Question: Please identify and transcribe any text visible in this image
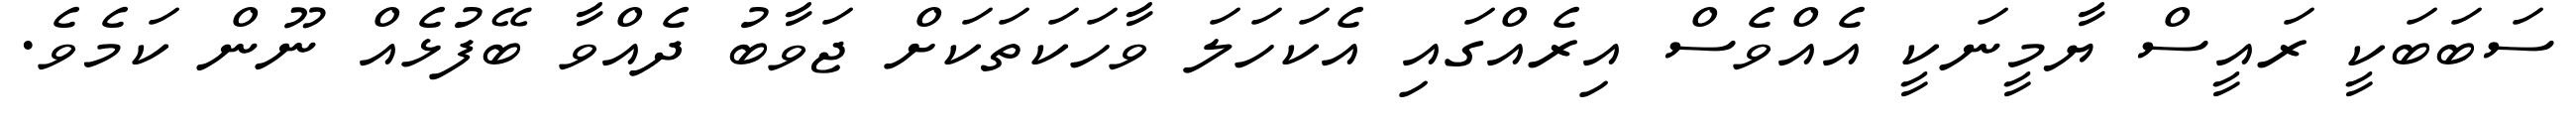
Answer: ސަބަބަކީ ރައީސް ޔާމީނަކީ އެއްވެސް އިރެއްގައި އެކަހަލަ ވާހަކަތަކަށް ޖަވާބު ދެއްވާ ބޭފުޅެއް ނޫން ކަމެވެ.